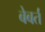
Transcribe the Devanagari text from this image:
बेबर्त